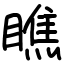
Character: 瞧